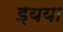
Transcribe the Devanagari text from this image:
इयया